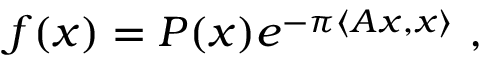
f ( x ) = P ( x ) e ^ { - \pi \langle A x , x \rangle } ~ ,